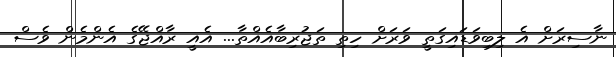
ނާސިރަށް އެ ލިބިވަޑައިގަތީ ވަރަށް ހިތި ތަޖުރިބާއެއްތާ... އެއީ ރާއްޖޭގެ އެންމެން ވެސް